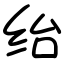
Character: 绐